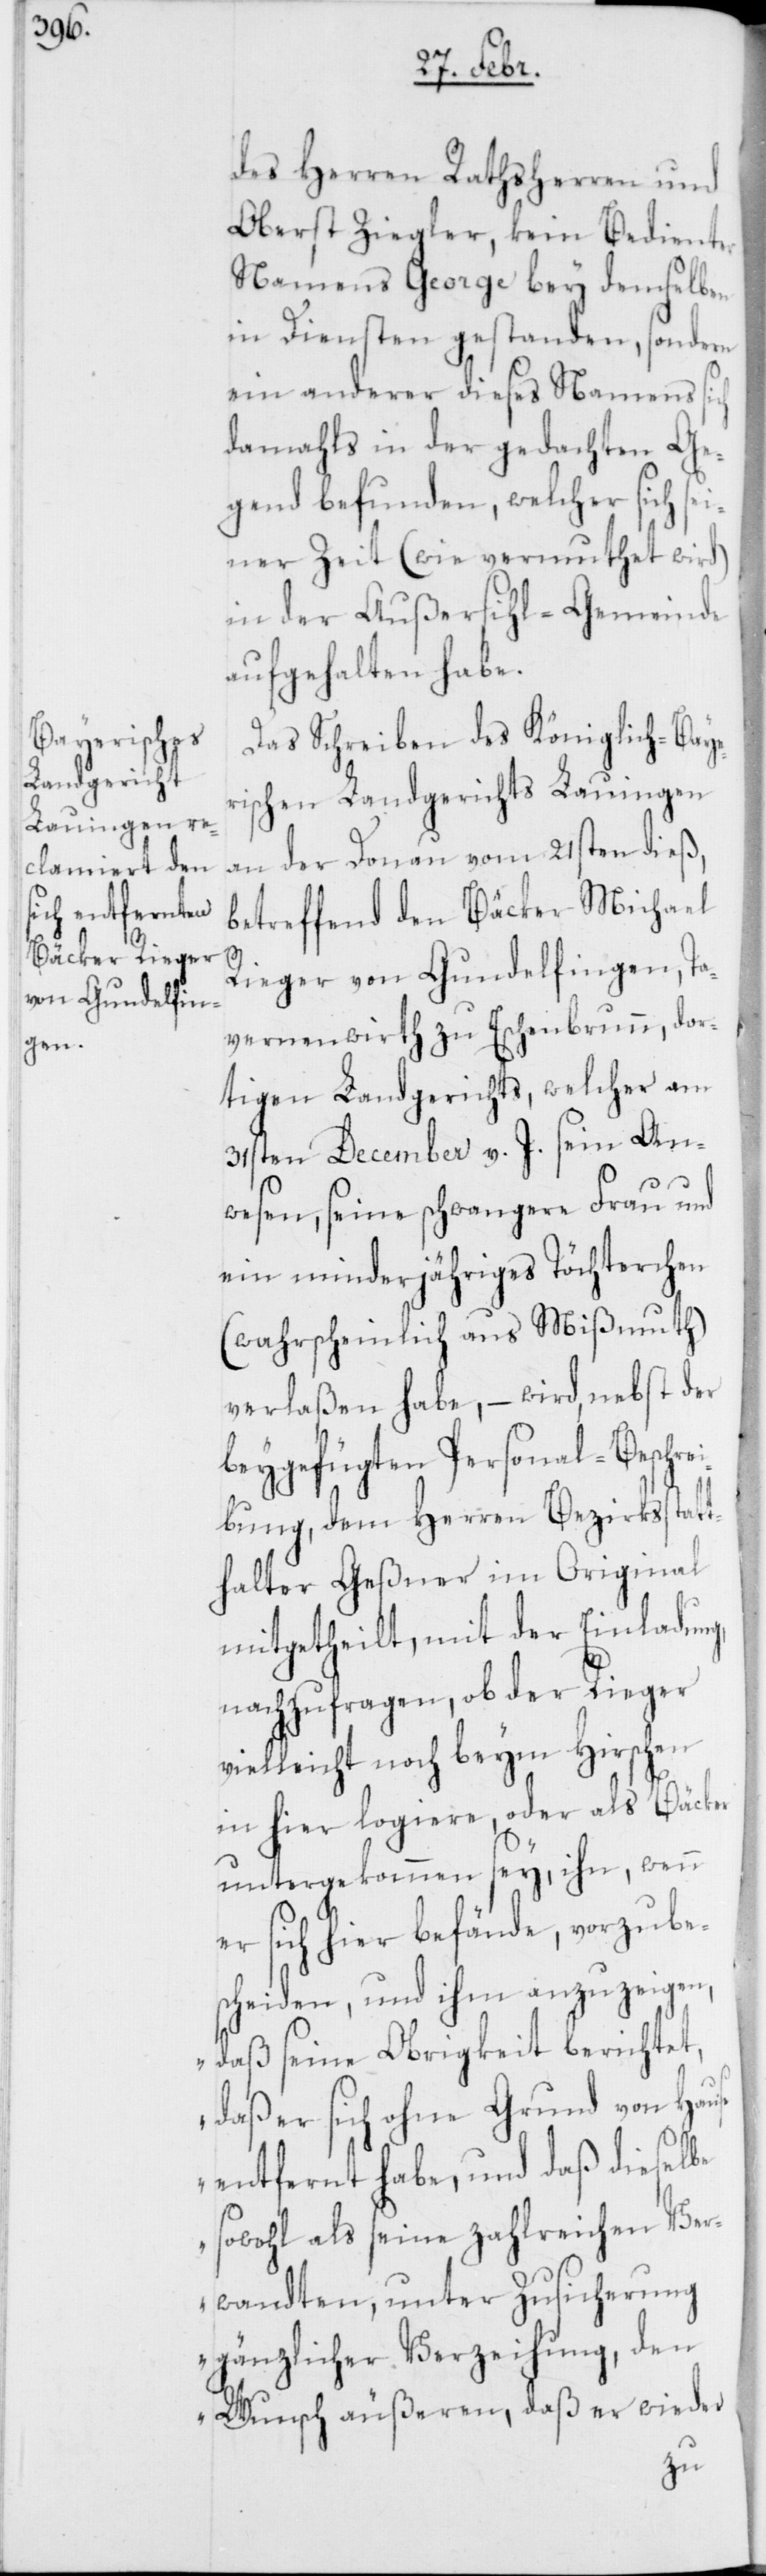
des Herren Rathsherren und
Oberst Ziegler, kein Bedienter
Namens George bey demselben
in Diensten gestanden, sondern
ein anderer dieses Namens sich
damahls in der gedachten Ge¬
gend befunden, welcher sich sei¬
ner Zeit (wie vermuthet wird)
in der Außersihl-Gemeinde
aufgehalten habe.
Das Schreiben des Königlich-Baye¬
rischen Landgerichts Lauingen
an der Donau vom 21sten dieß,
betreffend den Bäcker Michael
Rieger von Gundelfingen, Ta¬
vernenwirth zu Eschenbrunn, dor¬
tigen Landgerichts, welcher am
31sten December v. J. sein An¬
wesen, seine schwangere Frau und
ein minderjähriges Töchterchen
(wahrscheinlich aus Mißmuth)
verlaßen habe, – wird, nebst der
beygefügten Personal-Beschre¬
ibung, dem Herren Bezirksstatt¬
halter Geßner im Original
mitgetheilt, mit der Einladung,
nachzufragen, ob der Rieger
vielleicht noch beym Hirschen
in hier logiere, oder als Bäcker
untergekommen sey, ihn, wenn
er sich hier befände, vorzube¬
scheiden, und ihm anzuzeigen,
„Daß seine Obrigkeit berichtet,
daß er sich ohne Grund von Hause
entfernt habe, und daß dieselbe
sowohl als seine zahlreichen Ver¬
wandten, unter Zusicherung
gänzlicher Verzeihung, den
Wunsch äußeren, daß er wieder